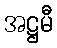
အဋ္ဌမီ